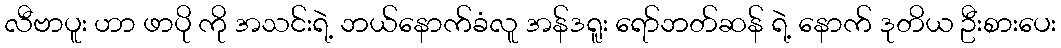
လီဗာပူး ဟာ ဖာပို ကို အသင်းရဲ့ ဘယ်နောက်ခံလူ အန်ဒရူး ရော်ဘတ်ဆန် ရဲ့ နောက် ဒုတိယ ဦးစားပေး